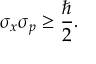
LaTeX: \sigma _ { x } \sigma _ { p } \geq { \frac { \hbar } { 2 } } .